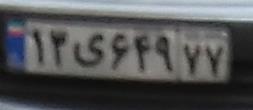
۱۳ی۶۴۹۷۷